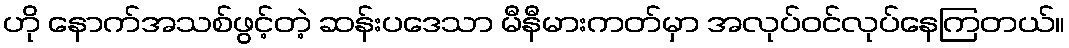
ဟို နောက်အသစ်ဖွင့်တဲ့ ဆန်းပဒေသာ မီနီမားကတ်မှာ အလုပ်ဝင်လုပ်နေကြတယ်။